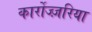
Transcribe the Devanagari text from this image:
कार्रोज्ज़रिया